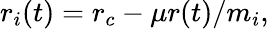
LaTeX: r_{i}(t)=r_{c}-\mu r(t)/m_{i},